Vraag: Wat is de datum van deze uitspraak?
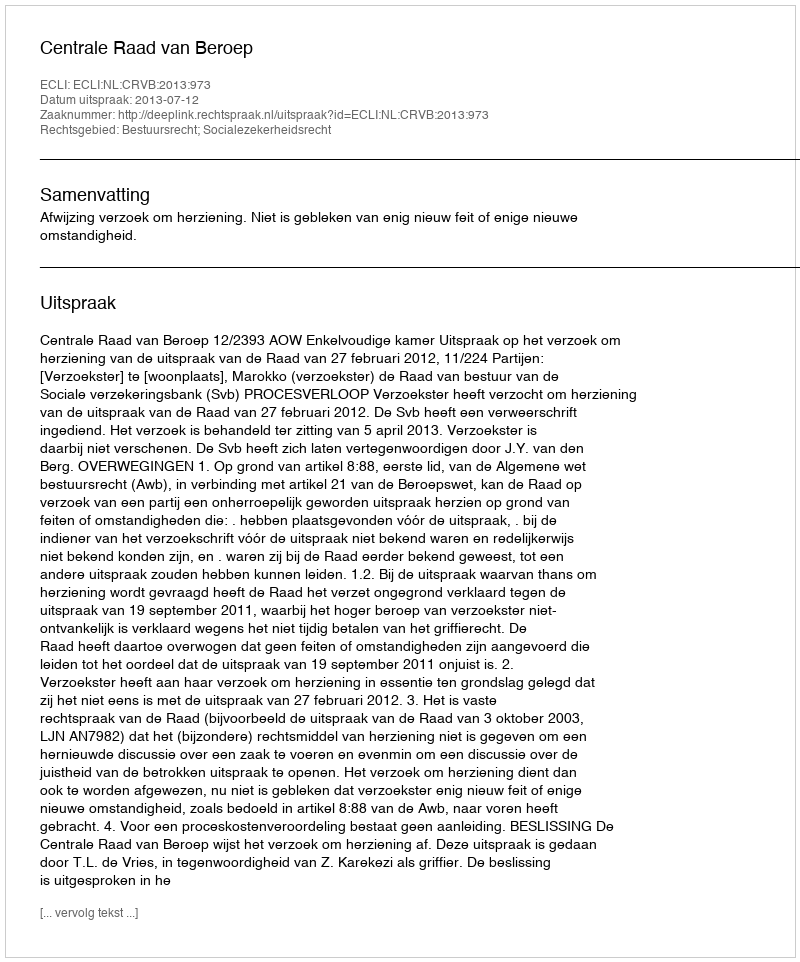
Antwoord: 2013-07-12